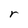
Character: r